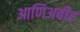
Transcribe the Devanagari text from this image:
आणिअबीर